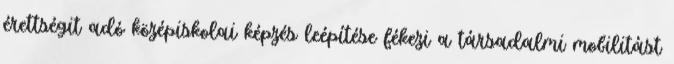
érettségit adó középiskolai képzés leépítése fékezi a társadalmi mobilitást